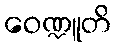
ဝေဏ္ဍူတိ